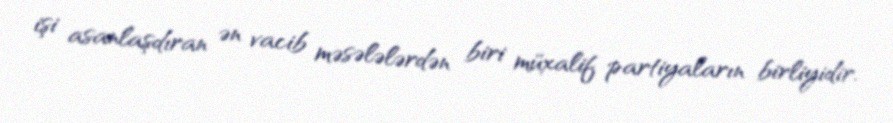
işi asanlaşdıran ən vacib məsələlərdən biri müxalif partiyaların birliyidir.